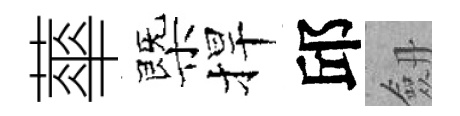
蕐㮣捍邱劔